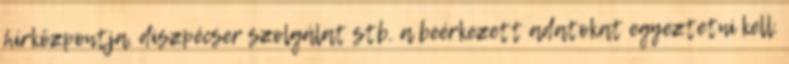
hírközpontja, diszpécser szolgálat stb. a beérkezett adatokat egyeztetni kell.